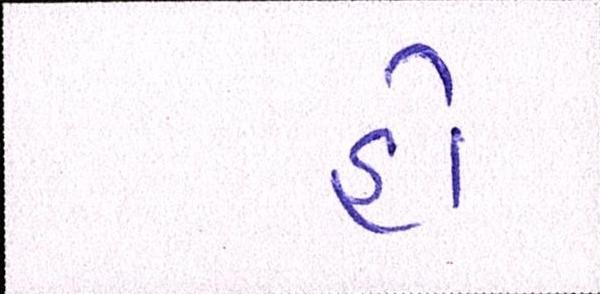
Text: હો